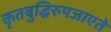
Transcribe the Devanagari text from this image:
कृतबुद्धिरुपजाएते